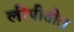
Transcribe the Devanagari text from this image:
लीपीतील